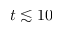
t \lesssim 1 0